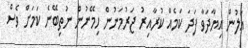
އަލުން އިޔާދަވާ ފަދަ ކަމެއް ކުރާއިރު ޖަރުމަނުން ހިމޭނުން ނުތިބޭނެ ކަމަށް ވެސް